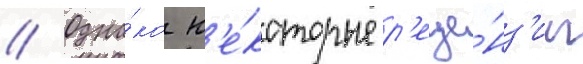
// Одна́ко н'е́которые р'еце́нз'ии